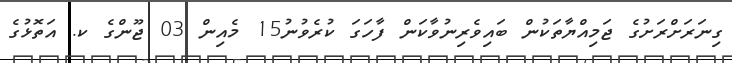
ގިނަރަށްރަށުގެ ޖަމިއްޔާތަކުން ބައިވެރިނުވާކަން ފާހަގަ ކުރެވުނު15 މެއިން 03 ޖޫންގެ ކ. އަތޮޅުގެ